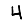
Digit: 4